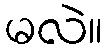
မလဲ။